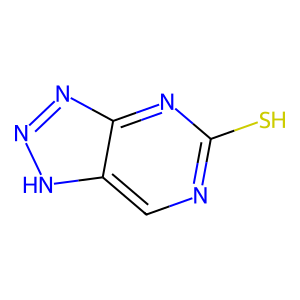
SMILES: Sc1ncc2[nH]nnc2n1
Inhibits HIV replication: No